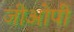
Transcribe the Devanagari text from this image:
जीओपी